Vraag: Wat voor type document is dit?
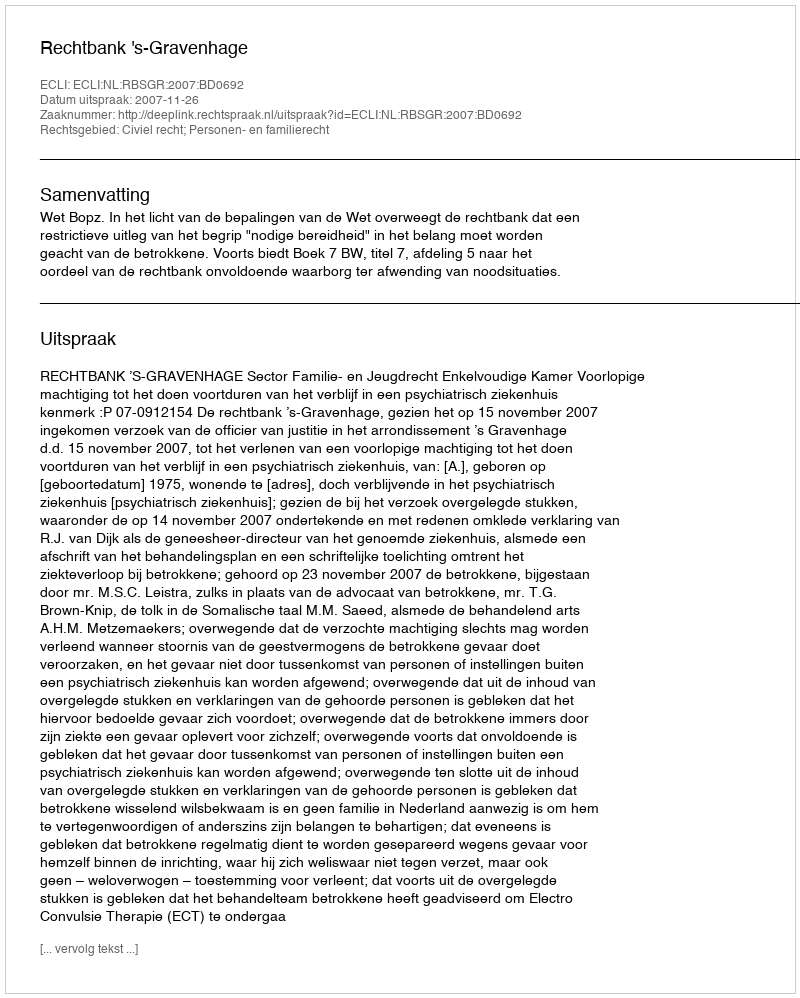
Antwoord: Uitspraak